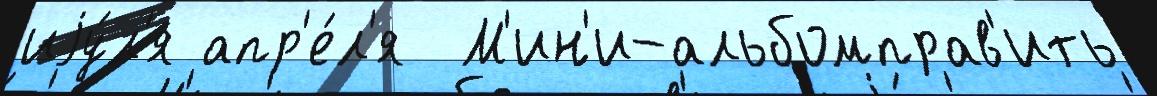
иjу́л'я апр'е́л'я  М'ин'и-альбомправ'ить